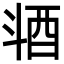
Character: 𣁹